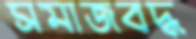
সমাজবদ্ধ